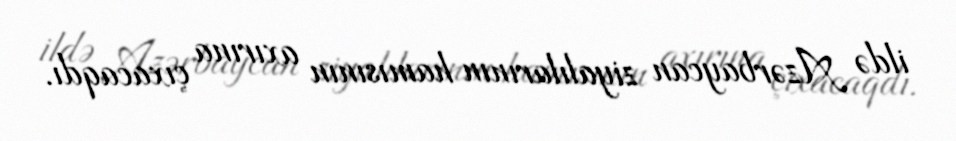
ildə Azərbaycan ziyalılarının hamısının axırına çıxacaqdı.